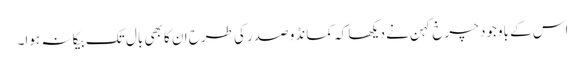
اس کے باوجود چرخ کہن نے دیکھا کہ کمانڈو صدر کی طرح ان کا بھی بال تک بیکا نہ ہوا۔